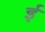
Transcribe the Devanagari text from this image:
र्इ